Bréfritari: Stefanía Siggeirsdóttir
Viðtakandi: Páll Pálsson
Dagsetning: A-1869-01-02
Skrifað á: Hraungerði  Árn.
Stefanía var bróðurdóttir Páls Pálssonar

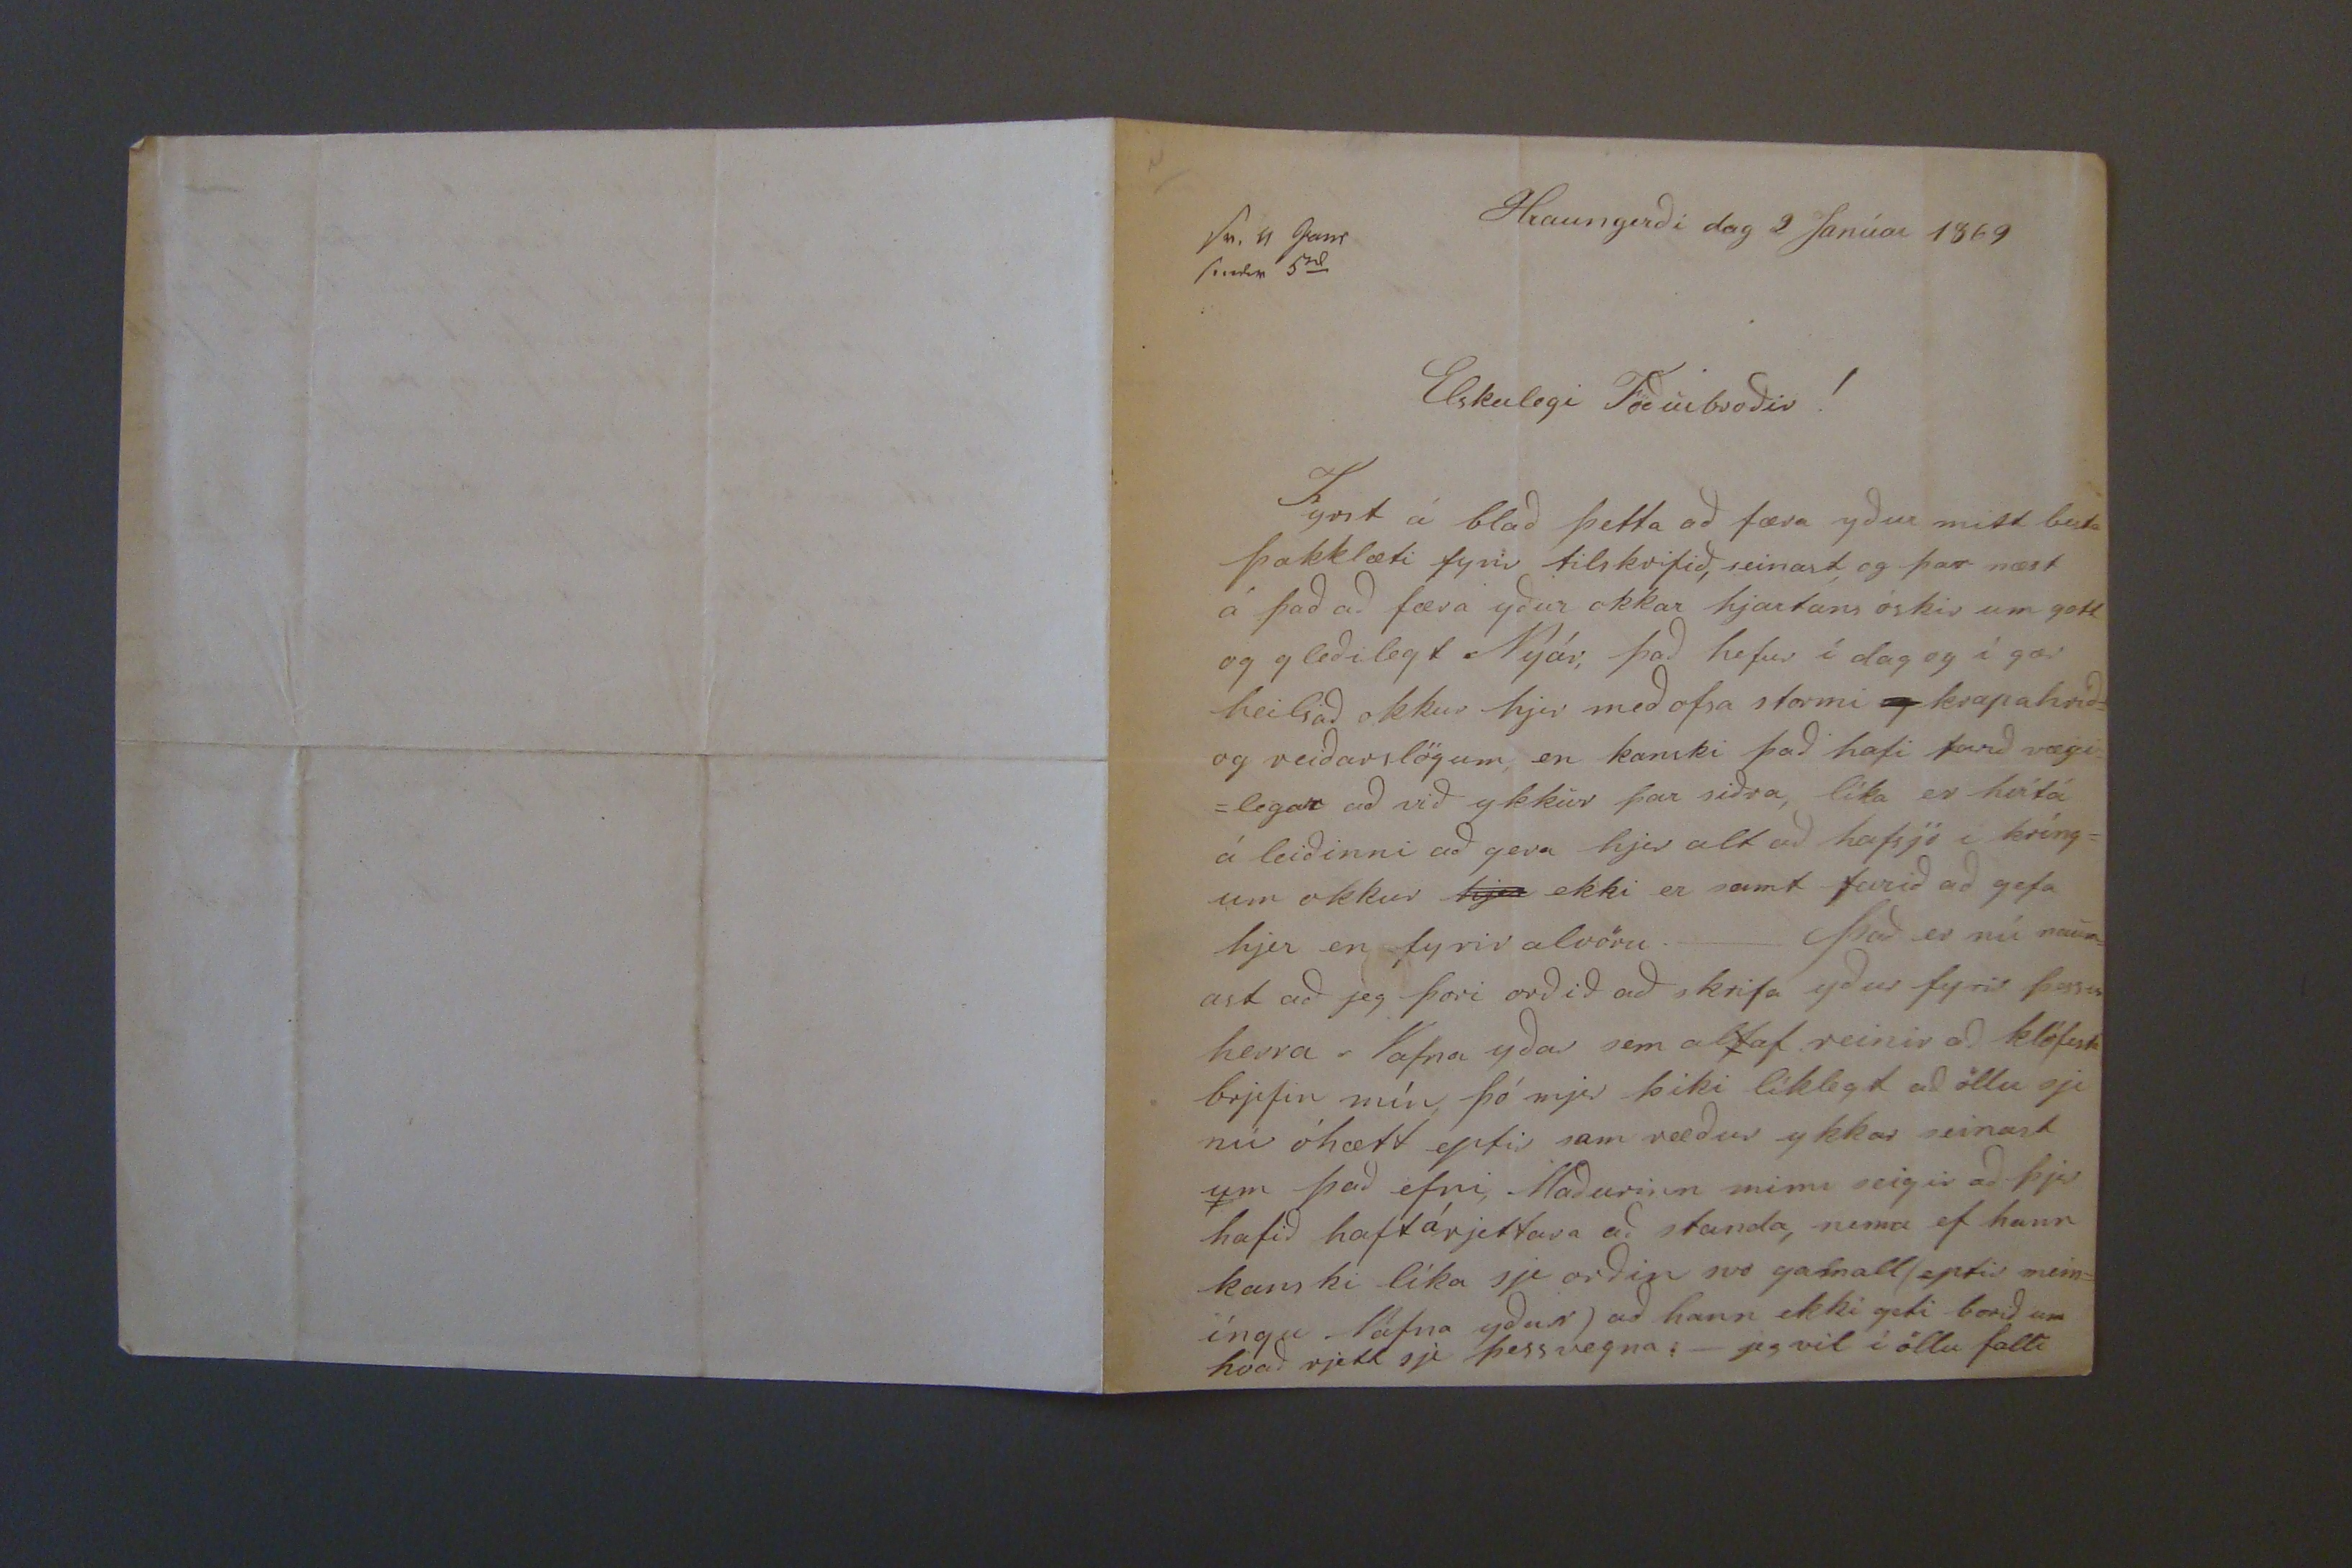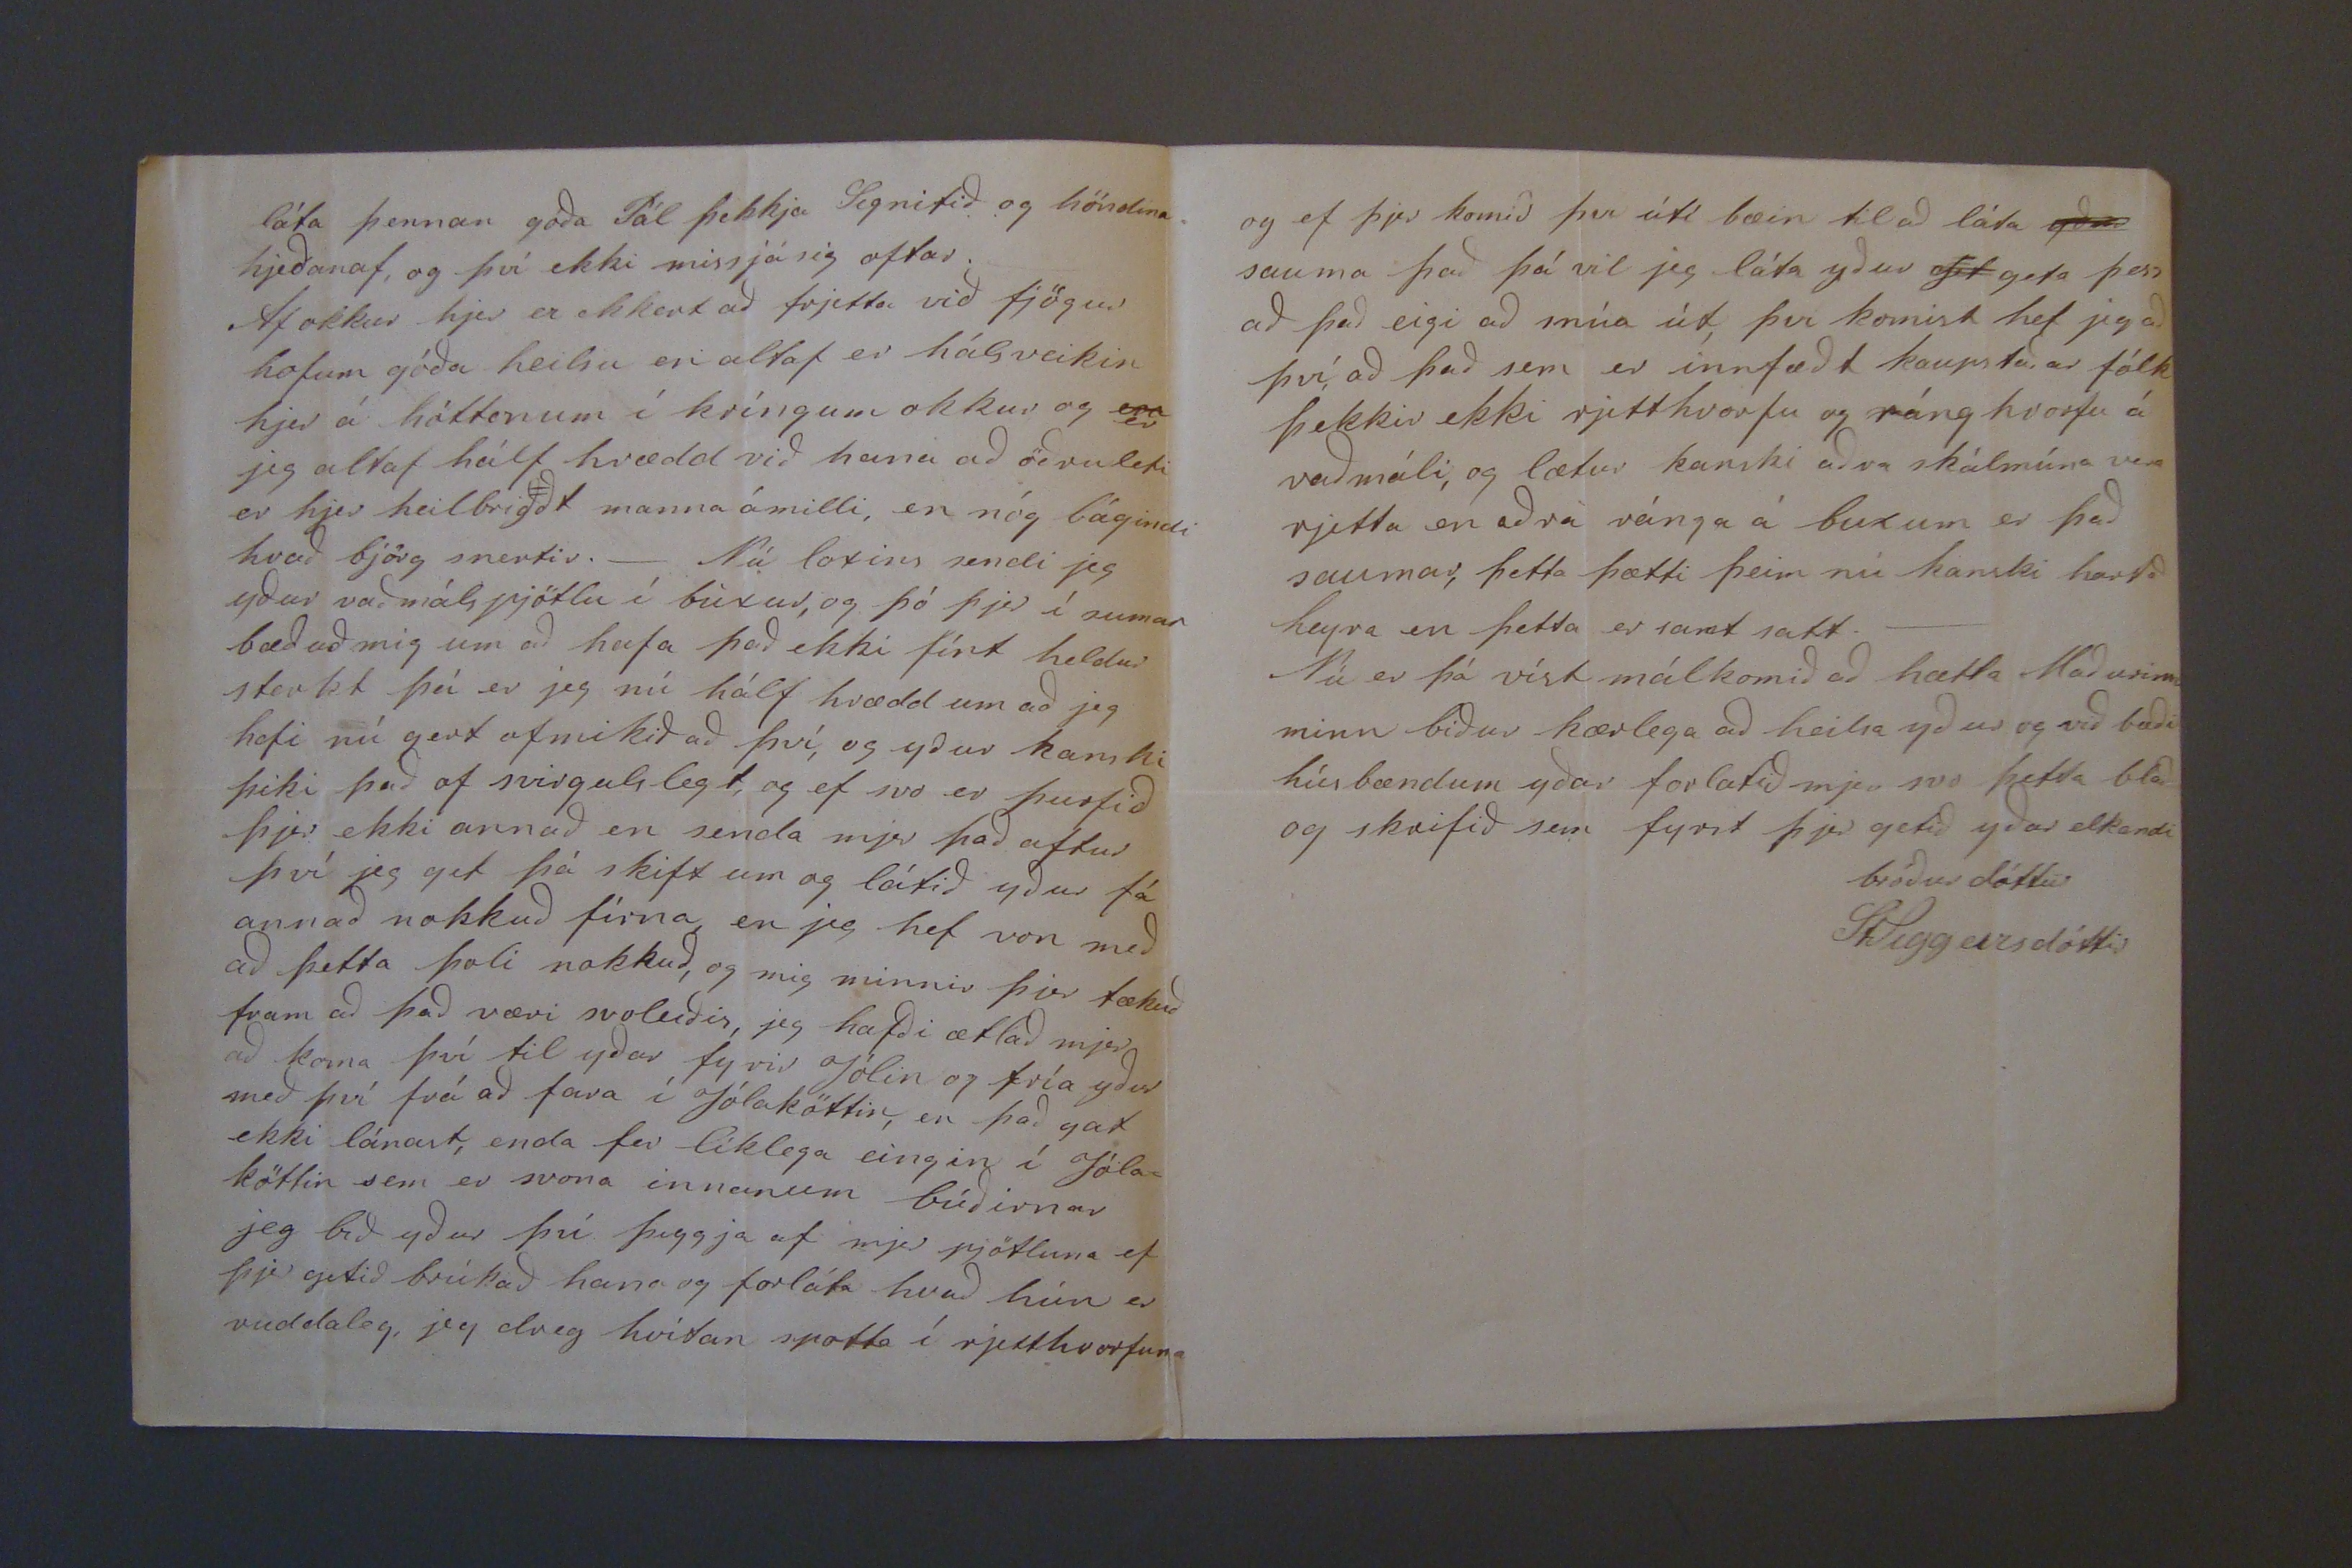

sv 11 Janr sendi 5
0l
Elskulegi Föðurbroðir!
Fyrst á blað þetta að færa yður mitt besta þakklæti fyrir tilskrifið, seinast og þar næst á það að færa yður okkar hjartans óskir um gott og gleðilegt Nýár; það hefur í dag og í gær heilsað okkur hjer með ofsa stormi
og
krapahríð= og reiðarslögum, en kanski það hafi farið vægi= =legar að við ykkur þar siðra, líka er hvítá á leiðinni að gera hjer alt að hafsjó í kríng= um okkur
hjer
ekki er samt farið að gefa hjer en fyrir alvöru._ Það er nú naum= ast að jeg þori orðið að skrifa yður fyrir
þessir
herra Nafna yðar sem altaf reinir að klófesta brjefin mín þó mjer þiki líklegt að öllu sje nú óhætt eptir sam ræður ykkar seinast um það efni Maðurinn minn seigir að þjer hafið haft á rjettara að standa, nema ef hann kanski líka sje orðin svo gamall (eptir mein= íngu Nafna yðar) að hann ekki geti borið um hvað rjett sje þess vegna:_ jeg vil í öllu falli
láta þennan góða Pál þekkja
signifið
og höndina hjeðanaf, og því ekki missjá sig oftar._ Af okkur hjer er ekkert að frjetta við fjögur hofum góða heilsu en altaf er hálsveikin hjer á höttonum í kríngum okkur og
eru
er jeg altaf hálf hrædd við hana að öðru leti er hjer heilbrigðt manna á milli, en nóg bágindi hvað björg snertir._ Nú loxins sendi jeg yður vaðmálspjötlu í búxur, og þó þjer í sumar bæðuð mig um að hafa það ekki fínt heldur sterkt þá er jeg nú hálf hrædd um að jeg hafi nú gert of mikið að því, og yður kanski þiki það af svirgulslegt, og ef svo er þurfið þjer ekki annað en senda mjer það aftur því jeg get þá skift um og látið yður fá annað nokkuð fírna en jeg hef von með að þetta þoli nokkuð, og mig minnir þjer tækuð fram að það væri svoleiðis, jeg hafði ætlað mjer að koma því til yðar fyrir Jólin og fría yður með því frá að fara í Jólaköttin, en það gat ekki lánast, enda fer líklega eingin í Jóla= köttin sem er svona innanum búðirnar jeg bið yður því þiggja af mjer pjötluna ef þjer getið brúkað hana og forláta hvað hún er ruddaleg, jeg dreg hvítan spotta í rjetthvorfuna
og ef þjer komið þvi útí bæin til að láta
yður
sauma það þá vil jeg láta yður
gif
geta þess að það eigi að snúa út, þvi komist hef jeg að því, að það sem er innfæðt kaupstaðar fólk þekkir ekki rjetthvorfu og ránghvorfu á vaðmáli, og lætur kanski aðra skálmína vera rjetta en aðra ránga á buxum er það saumar, þetta þætti þeim nú kanski horfð heyra en þetta er samt satt._ Nú er þá víst málkomið að hætta Maðurinn minn biður kærlega að heilsa yður og við bæði húsbændum yðar forlatið mjer svo þetta blað og skrifið sem fyrst þjer getið yðar elskandi bróður dóttur
StSiggeirsdóttir